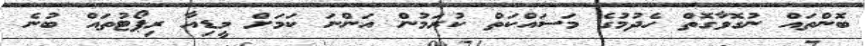
ބޮންތައް ނުގޮވާގޮތް ހެދުމުގެ މަސައްކަތް ކުރަމުން އަންނަ ކަމަށް މީޑިއާ ރިޕޯޓުތައް ބުނެ